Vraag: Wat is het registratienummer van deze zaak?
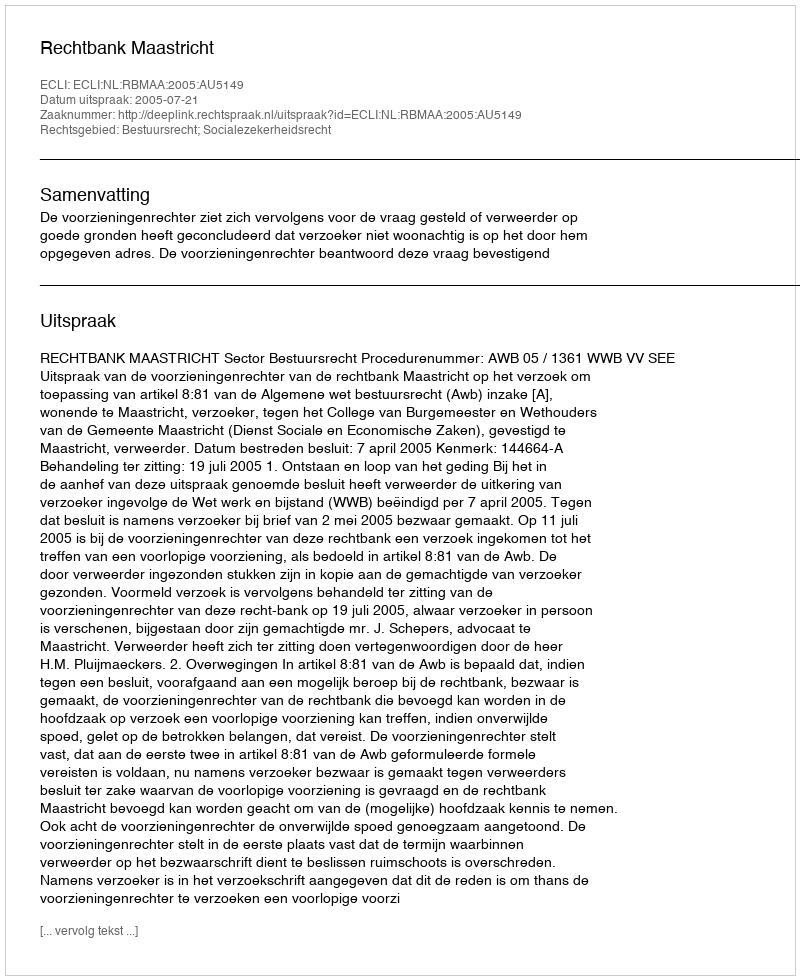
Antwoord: http://deeplink.rechtspraak.nl/uitspraak?id=ECLI:NL:RBMAA:2005:AU5149